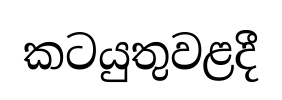
කටයුතුවළදී